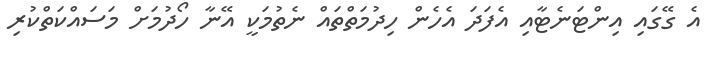
އެ ގޭގައި އިންޓަނެޓާއި އެފަދަ އެހެން ހިދުމަތްތައް ނެތުމަކީ އޭނާ ހޯދުމަށް މަސައްކަތްކުރި